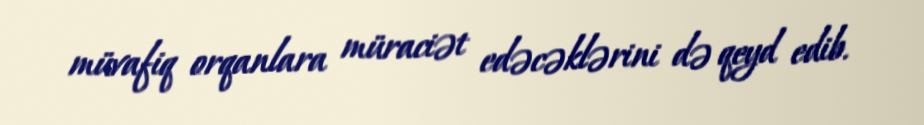
müvafiq orqanlara müraciət edəcəklərini də qeyd edib.